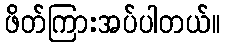
ဖိတ်ကြားအပ်ပါတယ်။